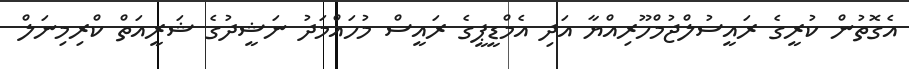
އެގޮތުން ކުރީގެ ރައީސުލްޖުމްހޫރިއްޔާ އަދި އެމްޑީޕީގެ ރައީސް މުހައްމަދު ނަޝީދުގެ ޝަރީއަތް ކްރިމިނަލް